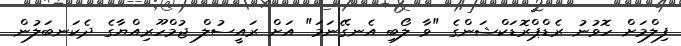
ފިލްމަށް ހޮވުނު ރެޑްޕްރޮޑަކްޝަންގެ "ވާ ލޯބި އެނގޭނަމަ" އަށް ރައީސުލް ޖުމްހޫރިއްޔާގެ ދެކަނބަލުން